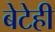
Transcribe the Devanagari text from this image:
बेटेही